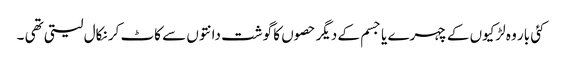
کئی بار وہ لڑکیوں کے چہرے یا جسم کے دیگر حصوں کا گوشت دانتوں سے کاٹ کر نکال لیتی تھی ۔